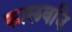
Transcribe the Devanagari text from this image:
कालवधि